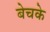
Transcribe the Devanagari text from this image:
बेचके